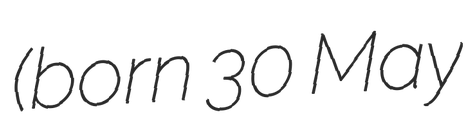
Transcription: (born 30 May